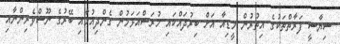
ސިޔާސީ ފަރާތްތަކުގެ އިތުރުން މީޑިއާ އަށް ބިރުދައްކައި ހުރަސްއަޅަމުން ގެންދިއުމާއި ބޭރުގެ ނޫސްވެރިންނާއި